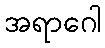
အရာဂေါ